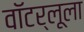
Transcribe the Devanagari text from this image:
वॉटर्लूला